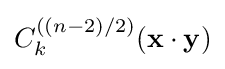
C_{k}^{((n-2)/2)}(\mathbf {x} \cdot \mathbf {y} )